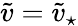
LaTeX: \tilde{v}=\tilde{v}_{\star}